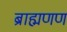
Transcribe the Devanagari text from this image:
ब्राह्मणण